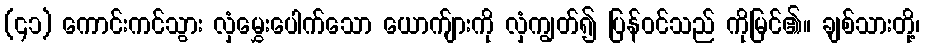
(၄၁) ကောင်းကင်သွား လှံမွှေးပေါက်သော ယောက်ျားကို လှံကျွတ်၍ ပြန်ဝင်သည် ကိုမြင်၏။ ချစ်သားတို့၊